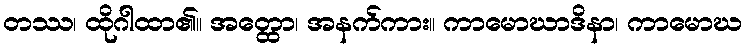
တဿ၊ ထိုဂါထာ၏။ အတ္ထော၊ အနက်ကား။ ကာမောဃာဒိနာ၊ ကာမောဃ